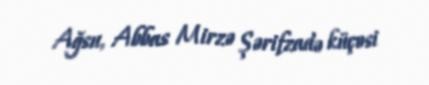
Ağsu, Abbas Mirzə Şərifzadə küçəsi